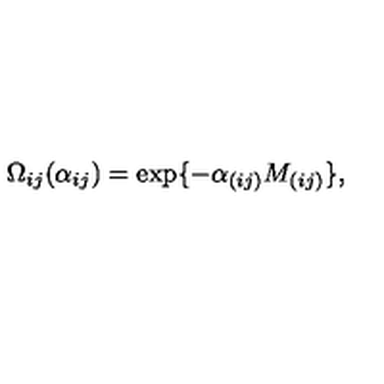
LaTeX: \Omega _ { i j } ( \alpha _ { i j } ) = \exp \{ - \alpha _ { ( i j ) } M _ { ( i j ) } \} ,